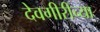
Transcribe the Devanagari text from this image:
देवगीरीच्या